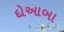
દોઆબા